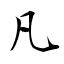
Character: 凡